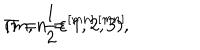
LaTeX: \Pi = \frac 1 2 \varepsilon ^ { [ m n ] , [ m n ] } \hspace { 0 . 5 i n } ( m , n = 1 , 2 , 3 ) ,